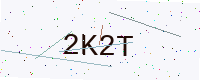
Text: 2K2T